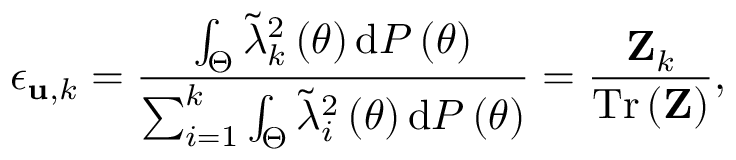
\epsilon _ { { \bf u } , k } = \frac { \int _ { \Theta } { \widetilde \lambda } _ { k } ^ { 2 } \left( \theta \right) \mathrm { d } { \cal P } \left( \theta \right) } { \sum _ { i = 1 } ^ { k } \int _ { \Theta } { \widetilde \lambda } _ { i } ^ { 2 } \left( \theta \right) \mathrm { d } { \cal P } \left( \theta \right) } = \frac { { \bf { Z } } _ { k } } { { \mathrm { T r } } \left( { \bf { Z } } \right) } ,